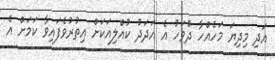
އަދި މިދިޔަ މަހެއްހާ ދުވަހު އެ އަދަދު ކުއްލިއަކަށް އިތުރުވެފައިވާ ކަމަށް އެ